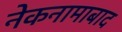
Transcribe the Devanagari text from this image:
नेकनामाबाद